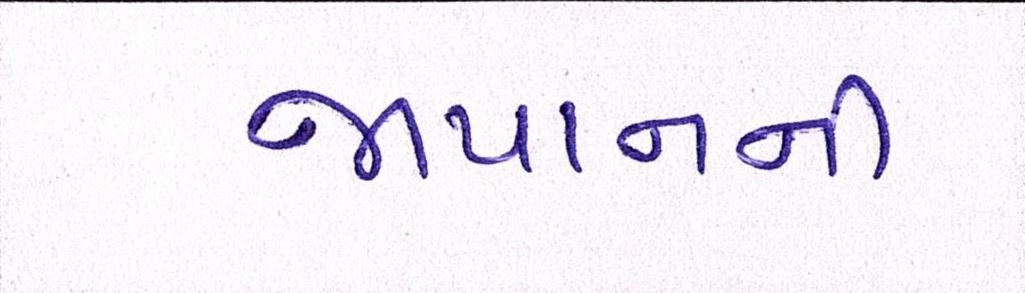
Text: જાપાનની